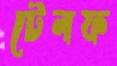
টেলফ